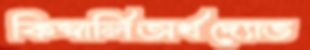
কিম্বার্লিঅর্থদ্যোত